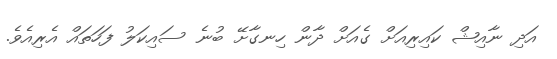
އަދި ނާއިޝް ކައިރިއަށް ގެއަށް ދާން ހިނގާށޭ ބުނެ ސައިކަލު ފަހަތައް އެރިއެވެ.